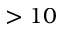
> 1 0